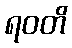
ရဝတိ